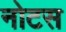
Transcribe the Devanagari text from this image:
नोटस